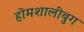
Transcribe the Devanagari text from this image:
होमशालीबुग